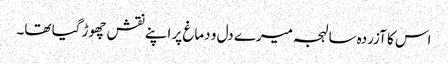
اس کا آزردہ سا لہجہ میرے دل و دماغ پر اپنے نقش چھوڑ گیا تھا۔